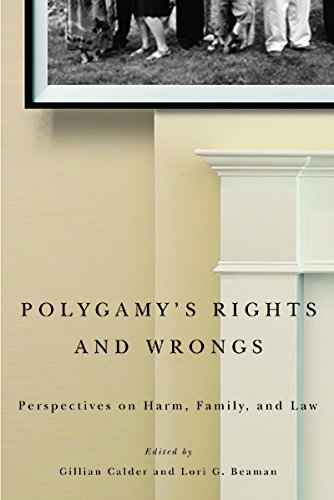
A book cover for Polygamy's Rights and Wrongs: Perspectives on Harm, Family, and Law; Law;